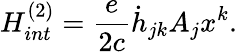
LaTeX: H_{int}^{(2)}=\frac{e}{2c}\dot{h}_{jk}A_{j}x^{k}.